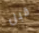
قبل